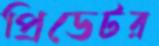
প্রিডেটর